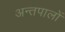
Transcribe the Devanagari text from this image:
अन्तपालों